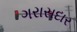
ગરાસદાર